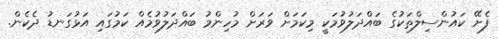
ފެށޭ ކައުންސިލްތަކުގެ ބައްދަލުވުމަކީ މިކަމަށް ވަރަށް މުހިންމު ބައްދަލުވުމެއް ކަމުގައި އަޅުގަނޑު ދެކެން.